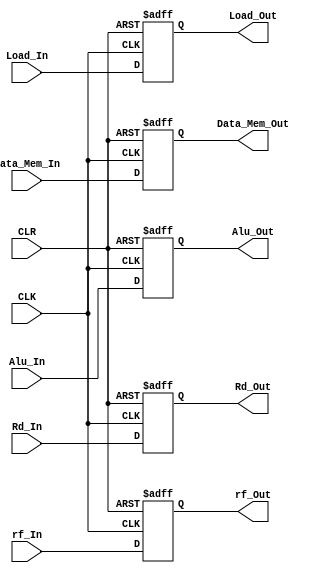
module MEMWB_Register (
    output reg  Load_Out,
    output reg rf_Out,
    output reg [31:0] Data_Mem_Out,
    output reg [31:0] Alu_Out,
    output reg [3:0] Rd_Out,
    input Load_In,
    input rf_In,
    input [31:0] Data_Mem_In,
    input [31:0] Alu_In,
    input [3:0] Rd_In,
    input CLK,
    input CLR
    );

 
    always@(posedge CLK,posedge CLR) begin
        if(CLR) begin
            Load_Out <= 1'b0;
            rf_Out <= 1'b0;
            Data_Mem_Out <= 32'b00000000000000000000000000000000;
            Alu_Out <= 32'b00000000000000000000000000000000;
            Rd_Out <= 4'b0000;
        end else begin
            Load_Out <= Load_In;
            rf_Out <= rf_In;
            Data_Mem_Out <= Data_Mem_In;
            Alu_Out <= Alu_In;
            Rd_Out <= Rd_In;
        end
    end
endmodule